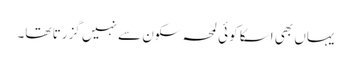
یہاں بھی اسکا کوئی لمحہ سکون سے نہیں گزرتا تھا۔